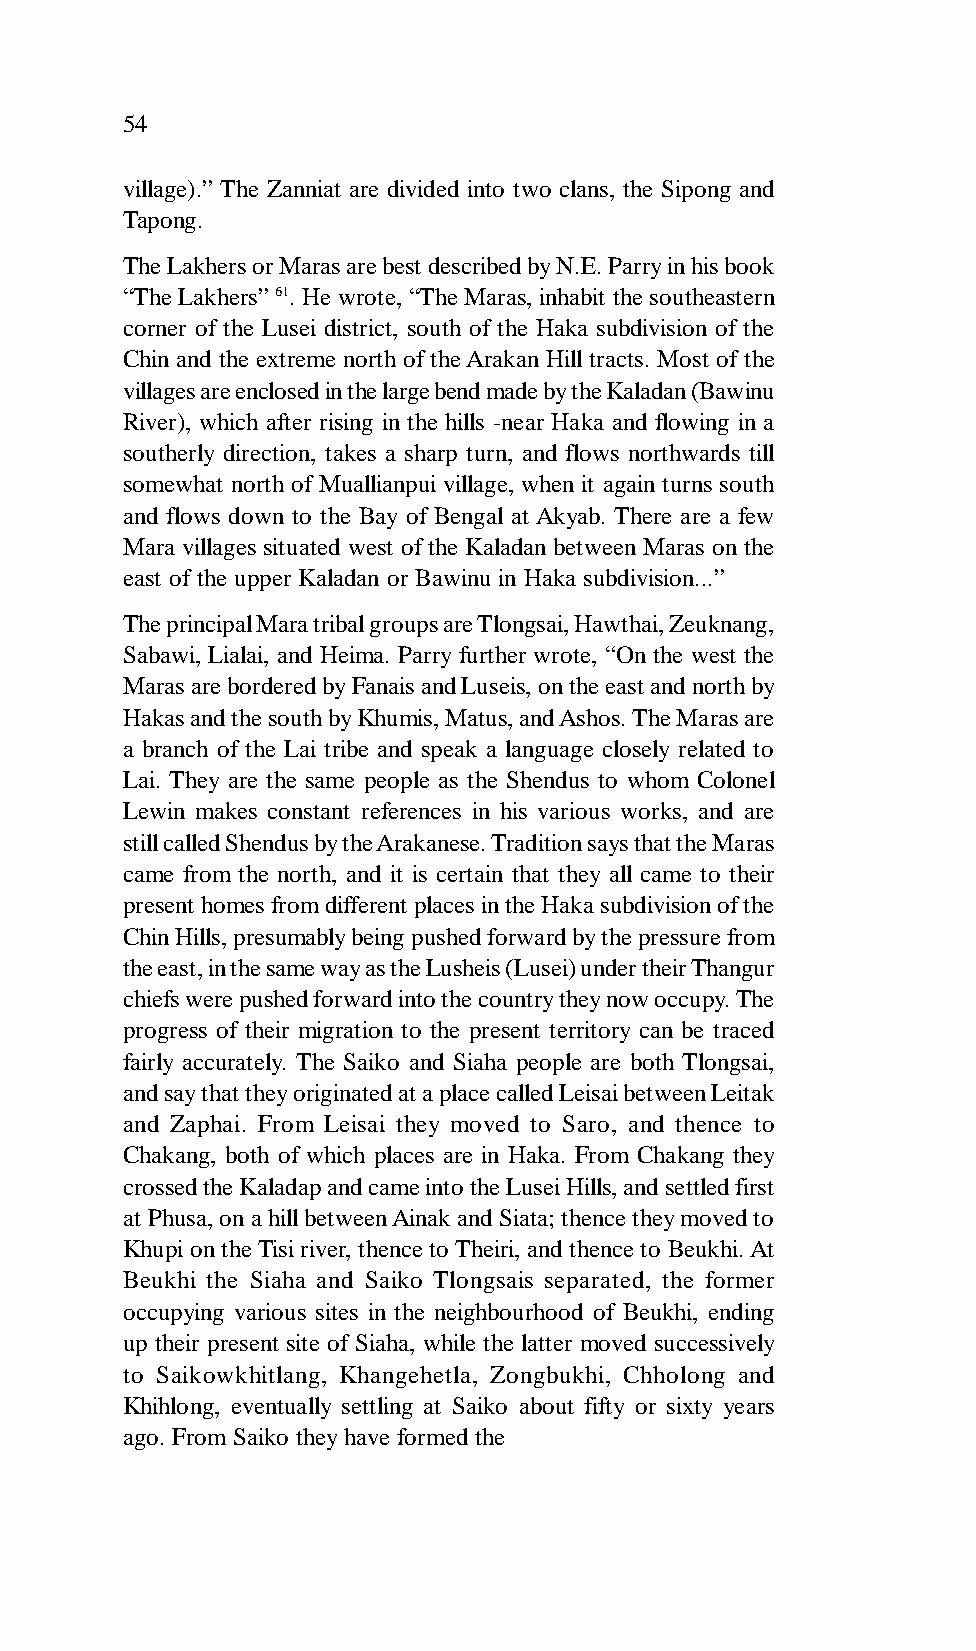
54
 village).” The Zanniat are divided into two clans, the Sipong and
 Tapong.
 The Lakhers or Maras are best described by N.E. Parry in his book
 “The Lakhers” 61. He wrote, “The Maras, inhabit the southeastern
 corner of the Lusei district, south of the Haka subdivision of the
 Chin and the extreme north of the Arakan Hill tracts. Most of the
 villages are enclosed in the large bend made by the Kaladan (Bawinu
 River), which after rising in the hills -near Haka and flowing in a
 southerly direction, takes a sharp turn, and flows northwards till
 somewhat north of Muallianpui village, when it again turns south
 and flows down to the Bay of Bengal at Akyab. There are a few
 Mara villages situated west of the Kaladan between Maras on the
 east of the upper Kaladan or Bawinu in Haka subdivision...”
 The principal Mara tribal groups are Tlongsai, Hawthai, Zeuknang,
 Sabawi, Lialai, and Heima. Parry further wrote, “On the west the
 Maras are bordered by Fanais and Luseis, on the east and north by
 Hakas and the south by Khumis, Matus, and Ashos. The Maras are
 a branch of the Lai tribe and speak a language closely related to
 Lai. They are the same people as the Shendus to whom Colonel
 Lewin makes constant references in his various works, and are
 still called Shendus by the Arakanese. Tradition says that the Maras
 came from the north, and it is certain that they all came to their
 present homes from different places in the Haka subdivision of the
 Chin Hills, presumably being pushed forward by the pressure from
 the east, in the same way as the Lusheis (Lusei) under their Thangur
 chiefs were pushed forward into the country they now occupy. The
 progress of their migration to the present territory can be traced
 fairly accurately. The Saiko and Siaha people are both Tlongsai,
 and say that they originated at a place called Leisai between Leitak
 and Zaphai. From Leisai they moved to Saro, and thence to
 Chakang, both of which places are in Haka. From Chakang they
 crossed the Kaladap and came into the Lusei Hills, and settled first
 at Phusa, on a hill between Ainak and Siata; thence they moved to
 Khupi on the Tisi river, thence to Theiri, and thence to Beukhi. At
 Beukhi the Siaha and Saiko Tlongsais separated, the former
 occupying various sites in the neighbourhood of Beukhi, ending
 up their present site of Siaha, while the latter moved successively
 to Saikowkhitlang, Khangehetla, Zongbukhi, Chholong and
 Khihlong, eventually settling at Saiko about fifty or sixty years
 ago. From Saiko they have formed the